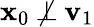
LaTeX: \mathbf{x}_{0}\not\perp\mathbf{v}_{1}